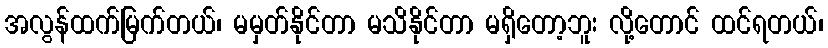
အလွန်ထက်မြက်တယ်၊ မမှတ်နိုင်တာ မသိနိုင်တာ မရှိတော့ဘူး လို့တောင် ထင်ရတယ်၊